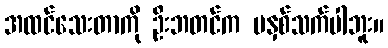
အထင်သေးတာကို ဦးဘတင်က မနှစ်သက်ပါဘူး။